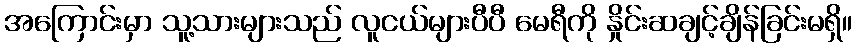
အကြောင်းမှာ သူ့သားများသည် လူငယ်များပီပီ မေရီကို နှိုင်းဆချင့်ချိန်ခြင်းမရှိ။